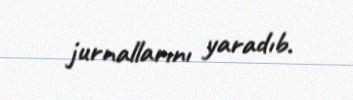
jurnallarını yaradıb.